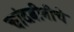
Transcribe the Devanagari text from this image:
चांदबीबीचे